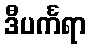
ဒီပင်္ကရာ